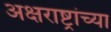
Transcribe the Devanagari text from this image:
अक्षराष्ट्रांच्या